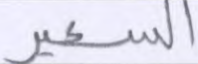
السعير